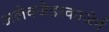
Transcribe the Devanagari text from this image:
अलेक्जेडरकाजेर्न